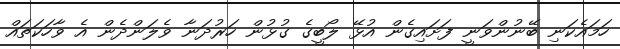
ހަމައެކަނި ބޭނުންވަނީ ފަށައިގެން އުޅޭ ލޯބީގެ ގުޅުން ހަރުދަނާ ވެލަންދެން އެ ވާހަކަތައް